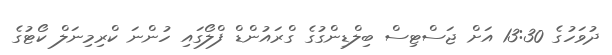
ދުވަހުގެ 13:30 އަށް ޖަސްޓިސް ބިލްޑިންގުގެ ގްރައުންޑް ފްލޯގައި ހުންނަ ކްރިމިނަލް ކޯޓުގެ